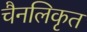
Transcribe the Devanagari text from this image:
चैनलिकृत